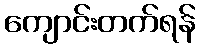
ကျောင်းတက်ရန်